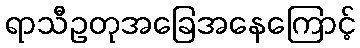
ရာသီဥတုအခြေအနေကြောင့်